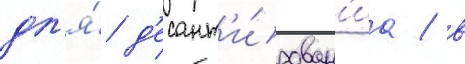
дл'я́ д'есант'и́рован'иа / в